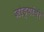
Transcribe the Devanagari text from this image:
जोड्यांची